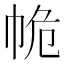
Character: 𢂕